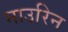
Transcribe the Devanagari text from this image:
नाउरिन